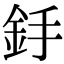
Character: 𨥋